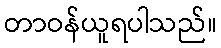
တာဝန်ယူရပါသည်။